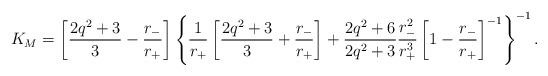
\begin{align*}K_M =\left[\frac{2q^2+3}{3}-\frac{r_-}{r_+}\right]\left\{\frac{1}{r_+}\left[\frac{2q^2+3}{3}+\frac{r_-}{r_+}\right]+\frac{2q^2+6}{2q^2+3}\frac{r_-^2}{r_+^3}\left[1-\frac{r_-}{r_+}\right]^{-1}\right\}^{-1}.\end{align*}